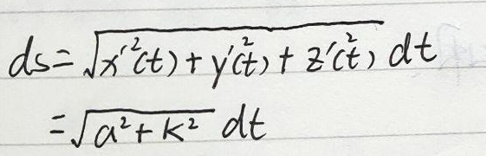
\begin{align*}
ds&=\sqrt{x'^2(t)+y'^2(t)+z'^2(t)}dt\\
&=\sqrt{a^2 + k^2}dt
\end{align*}